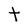
Character: T